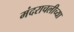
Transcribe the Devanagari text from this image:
मंदराचलीच्या